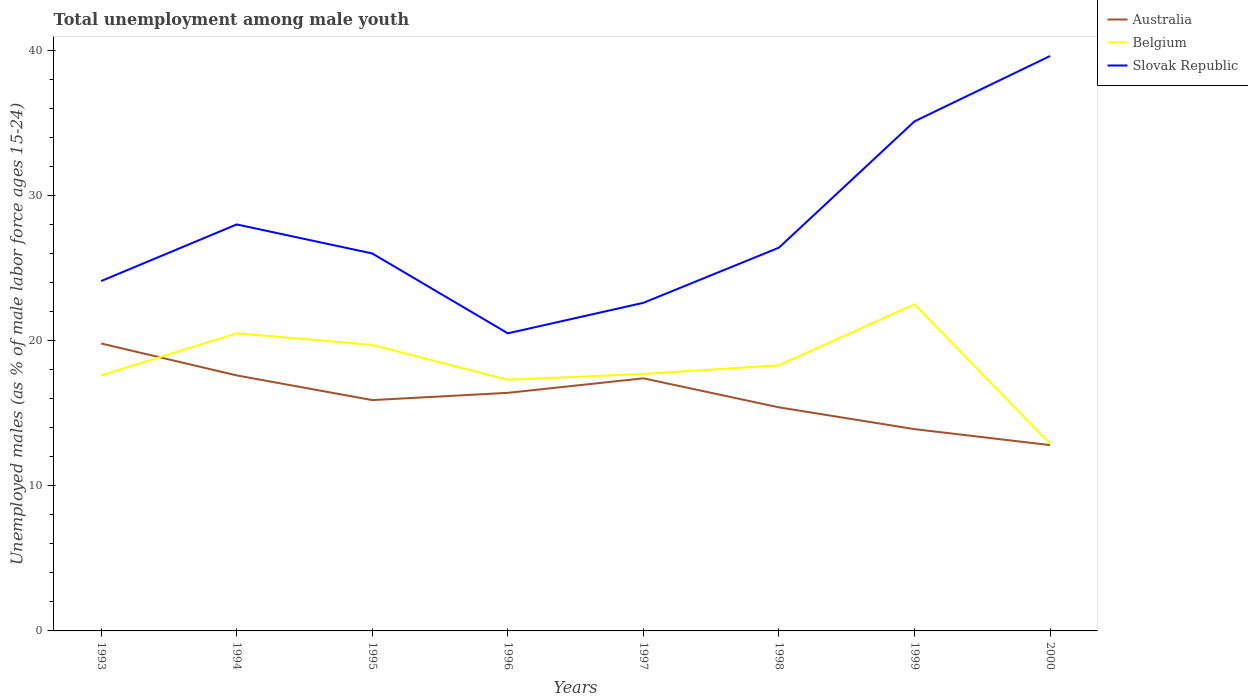
| Years | Australia | Belgium | Slovak Republic |
 | --- | --- | --- | --- |
 | 1993 | 19.8 | 17.6 | 24.1 |
 | 1994 | 17.6 | 20.5 | 28 |
 | 1995 | 15.9 | 19.7 | 26 |
 | 1996 | 16.4 | 17.3 | 20.5 |
 | 1997 | 17.4 | 17.7 | 22.6 |
 | 1998 | 15.4 | 18.3 | 26.4 |
 | 1999 | 13.9 | 22.5 | 35.1 |
 | 2000 | 12.8 | 12.9 | 39.6 |